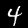
Label: 4